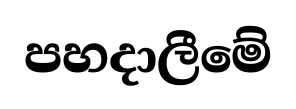
පහදාලීමේ